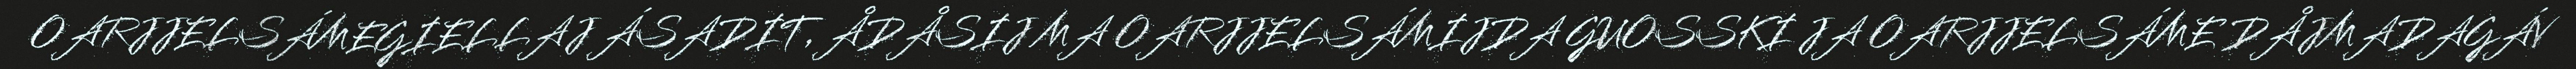
OARJJELSÁMEGIELLAJ ÁSADIT, ÅDÅSIJ MA OARJJELSÁMIJDA GUOSSKI JA OARJJELSÁME DÅJMADAGÁV